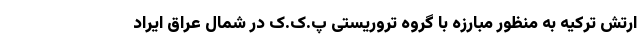
ارتش ترکیه به منظور مبارزه با گروه تروریستی پ.ک.ک در شمال عراق ایراد